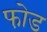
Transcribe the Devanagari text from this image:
फो़ड